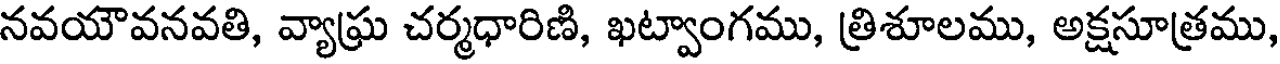
నవయౌవనవతి, వ్యాఘ్ర చర్మధారిణి, ఖట్వాంగము, త్రిశూలము, అక్షసూత్రము,